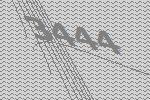
3444